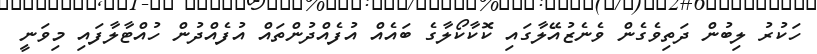
ހަކުރު ލިބުން ދަތިވެގެން ވެނެޒުއޭލާގައި ކޮކާކޯލާގެ ބައެއް އުފެއްދުންތައް އުފެއްދުން ހުއްޓާލާފައި މިވަނީ